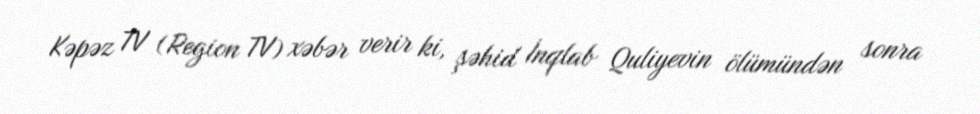
Kəpəz TV (Region TV) xəbər verir ki, şəhid İnqlab Quliyevin ölümündən sonra